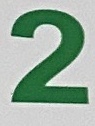
2